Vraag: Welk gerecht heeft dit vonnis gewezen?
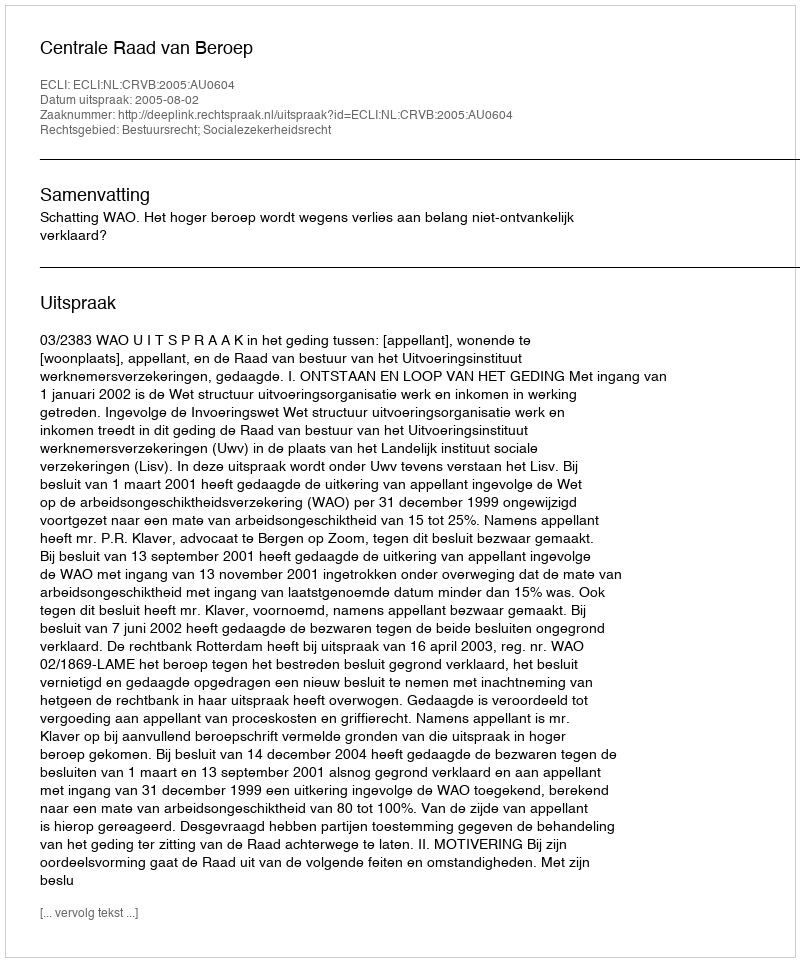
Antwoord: Centrale Raad van Beroep